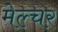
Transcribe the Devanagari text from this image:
मेल्चर